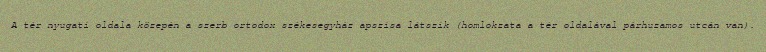
A tér nyugati oldala közepén a szerb ortodox székesegyház apszisa látszik (homlokzata a tér oldalával párhuzamos utcán van).